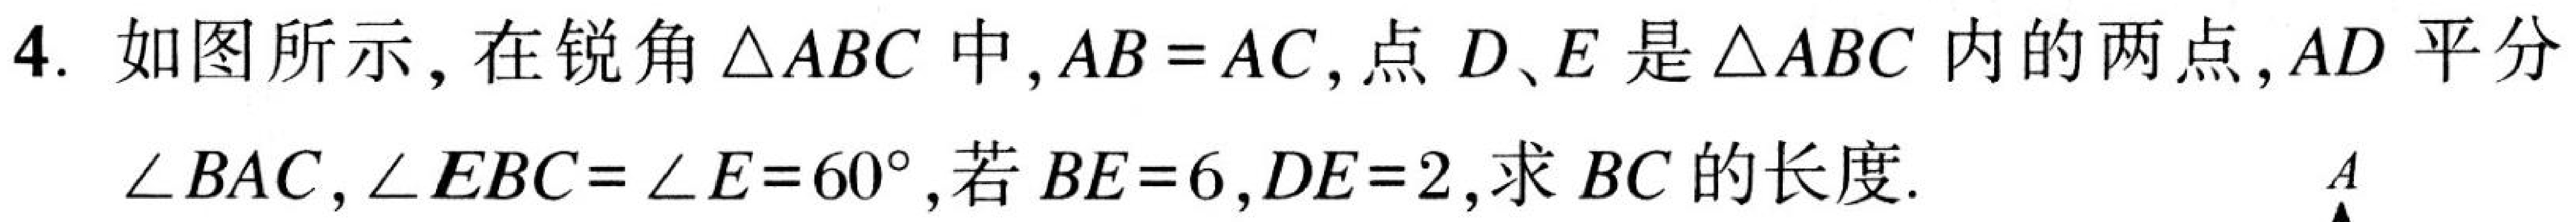
4. 如图所示，在锐角\(\triangle ABC\)中，\(AB = AC\)，点\(D、E\)是\(\triangle ABC\)内的两点，\(AD\)平分\(\angle BAC\)，\(\angle EBC=\angle E = 60^{\circ}\)，若\(BE = 6\)，\(DE = 2\)，求\(BC\)的长度.